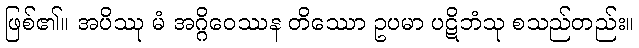
ဖြစ်၏။ အပိဿု မံ အဂ္ဂိဝေဿန တိဿော ဥပမာ ပဋိဘံသု စသည်တည်း။